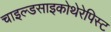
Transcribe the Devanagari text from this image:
चाइल्डसाइकोथेरेपिस्ट